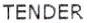
TENDER